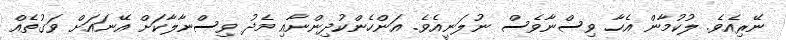
ނޭރިއެވެ. ލުކުމާން އެހާ ވިސްނާވެސް ނުލަނީއެވެ. އަންހެންކުދިންނާއި މެދު ވިސްނާލާކަށް އޭނައަށް ވަގުތެއް